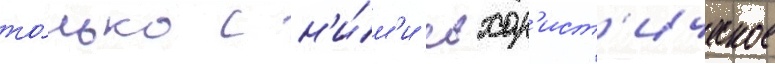
то́лько с н'и́м'и евхар'ист'ическое